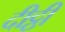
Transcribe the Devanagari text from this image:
दीट्ठी